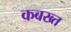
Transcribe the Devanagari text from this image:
कबख्त